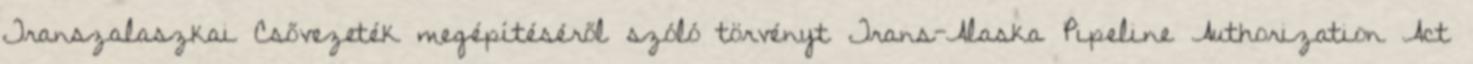
Transzalaszkai Csővezeték megépítéséről szóló törvényt Trans-Alaska Pipeline Authorization Act